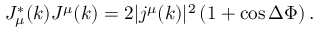
J _ { \mu } ^ { * } ( k ) J ^ { \mu } ( k ) = 2 | j ^ { \mu } ( k ) | ^ { 2 } \left( 1 + \cos { \Delta \Phi } \right) .